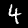
Label: 4